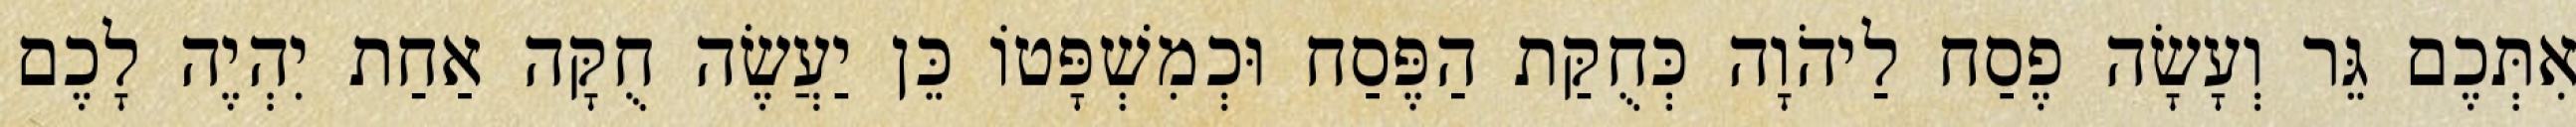
אִתְּכֶם גֵּר וְעָשָׂה פֶסַח לַיהֹוָה כְּחֻקַּת הַפֶּסַח וּכְמִשְׁפָּטוֹ כֵּן יַעֲשֶׂה חֻקָּה אַחַת יִהְיֶה לָכֶם